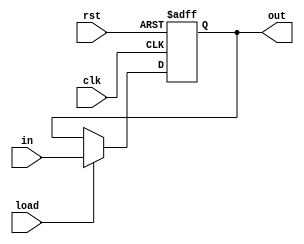
`timescale 1ns/1ns

module Reg_1bit(
	input clk, rst, load, in,
	output reg out
);
	always @(posedge clk, posedge rst) begin
        if (rst) begin
            out <= 1'b0;
        end
        else begin
            if (load) out <= in;
        end
    end
endmodule

module Reg_4bit(
	input clk, rst, load,
	input [3:0] in,
	output reg [3:0] out
);
	always @(posedge clk, posedge rst) begin
        if (rst) begin
            out <= 4'b0;
        end
        else begin
            if (load) out <= in;
        end
    end
endmodule

module Reg_2bit(
	input clk, rst, 
	input [1:0] in,
	output reg [1:0] out
);
	always @(posedge clk, posedge rst) begin
        if (rst) begin
            out <= 2'b0;
        end
        else begin
            out <= in;
        end
    end
endmodule

module Reg_3bit(
	input clk, rst, 
	input [2:0] in,
	output reg [2:0] out
);
	always @(posedge clk, posedge rst) begin
        if (rst) begin
            out <= 3'b0;
        end
        else begin
            out <= in;
        end
    end
endmodule



module Reg_32bit(
	input clk, rst, load,
	input [31:0] in,
	output reg [31:0] out
);
	always @(posedge clk, posedge rst) begin
        if (rst) begin
            out <= 32'b0;
        end
        else begin
			if (load) out <= in;
        end
    end
	
endmodule

module Reg_64bit(
	input clk, rst, load,
	input [63:0] in,
	output reg [63:0] out
);
	always @(posedge clk, posedge rst) begin
        if (rst) begin
            out <= 32'b0;
        end
        else begin
			if (load) out <= in;
        end
    end
	
endmodule


module MemRegister32bit(
    input clk, rst, load,
    input [31:0] in,
    output reg [31:0] out
);

	always @(posedge clk, posedge rst) begin
		if (rst) out <= 0;
		else if (load) out <= in;
	end
	
endmodule

module MemRegister1bit(
    input clk, rst, load,
    input in,
    output reg out
);

	always@(posedge clk, posedge rst) begin
		if (rst) out <= 0;
		else if (load) out <= in;
	end
	
endmodule

module MemRegister4bit(
    input clk, rst, load,
    input [3:0] in,
    output reg [3:0] out
);

	always@(posedge clk, posedge rst) begin
		if (rst) out <= 0;
		else if (load) out <= in;
	end
	
endmodule

module IFStageRegister(
    input clk, rst, flush, load,
    input [31:0] in,
    output reg [31:0] out
);

	always @(posedge clk, posedge rst) begin
		if (rst) out <= 0;
		else if (load && flush) out <= 0;
		else if (load) out <= in;
	end
	
endmodule


module IDStageRegister32bit(
    input clk, rst, flush, load,
    input [31:0] in,
    output reg [31:0] out
);

	always@(posedge clk, posedge rst) begin
		if (rst) out <= 0;
		else if (load && flush) out <= 0;
		else if (load) out <= in;
	end
	
endmodule

module PCRegister(
    input clk, rst, load,
    input [31:0] in,
    output reg [31:0] out
);

	always @(posedge clk, posedge rst) 
	begin
		if (rst) out <= 0;
		else if (load) out <= in;
	end
	
endmodule

module IDStageRegister1bit(
    input clk, rst, flush, load,
    input in,
    output reg out
);

	always@(posedge clk, posedge rst) begin
		if (rst) out <= 0;
		else if (load && flush) out <= 0;
		else if (load) out <= in;
	end
	
endmodule

module IDStageRegister4bit(
    input clk, rst, flush, load,
    input [3:0] in,
    output reg [3:0] out
);

	always @(posedge clk, posedge rst) begin
		if (rst) out <= 0;
		else if (load && flush) out <= 0;
		else if (load) out <= in;
	end
	
endmodule

module IDStageRegister12bit(
    input clk, rst, flush, load,
    input [11:0] in,
    output reg [11:0] out
);

	always @(posedge clk, posedge rst) 
	begin
		if (rst) out <= 0;
		else if (load && flush) out <= 0;
		else if (load) out <= in;
	end
	
endmodule

module IDStageRegister24bit(
    input clk, rst, flush, load,
    input [23:0] in,
    output reg [23:0] out
);

	always @(posedge clk, posedge rst) begin
		if (rst) out <= 0;
		else if (load && flush) out <= 0;
		else if (load) out <= in;
	end
	
endmodule